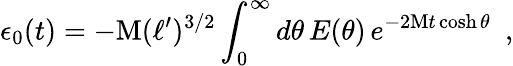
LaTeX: \epsilon_{0}(t)=-\textrm{M}(\ell^{\prime})^{3/2}\int_{0}^{\infty}d\theta\, E(\theta)\, e^{-2\textrm{M}t\cosh\theta}\, \, \, ,